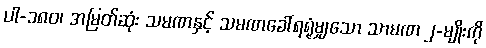
ပါ-၁၈၀၊ အမြတ်ဆုံး သမဏနှင့် သမဏခေါ်ရရုံမျှသော သာမဏ ၂-မျိုးကို